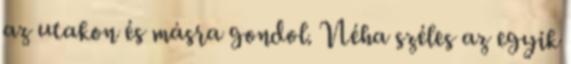
az utakon és másra gondol. Néha széles az egyik